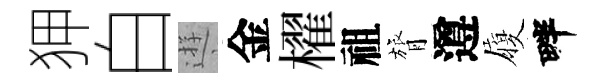
狎白逰金櫂祖膂遵履畔